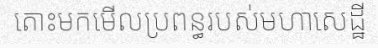
តោះមកមើលប្រពន្ធរបស់មហាសេដ្ឋី